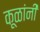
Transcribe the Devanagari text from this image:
कूळांनी